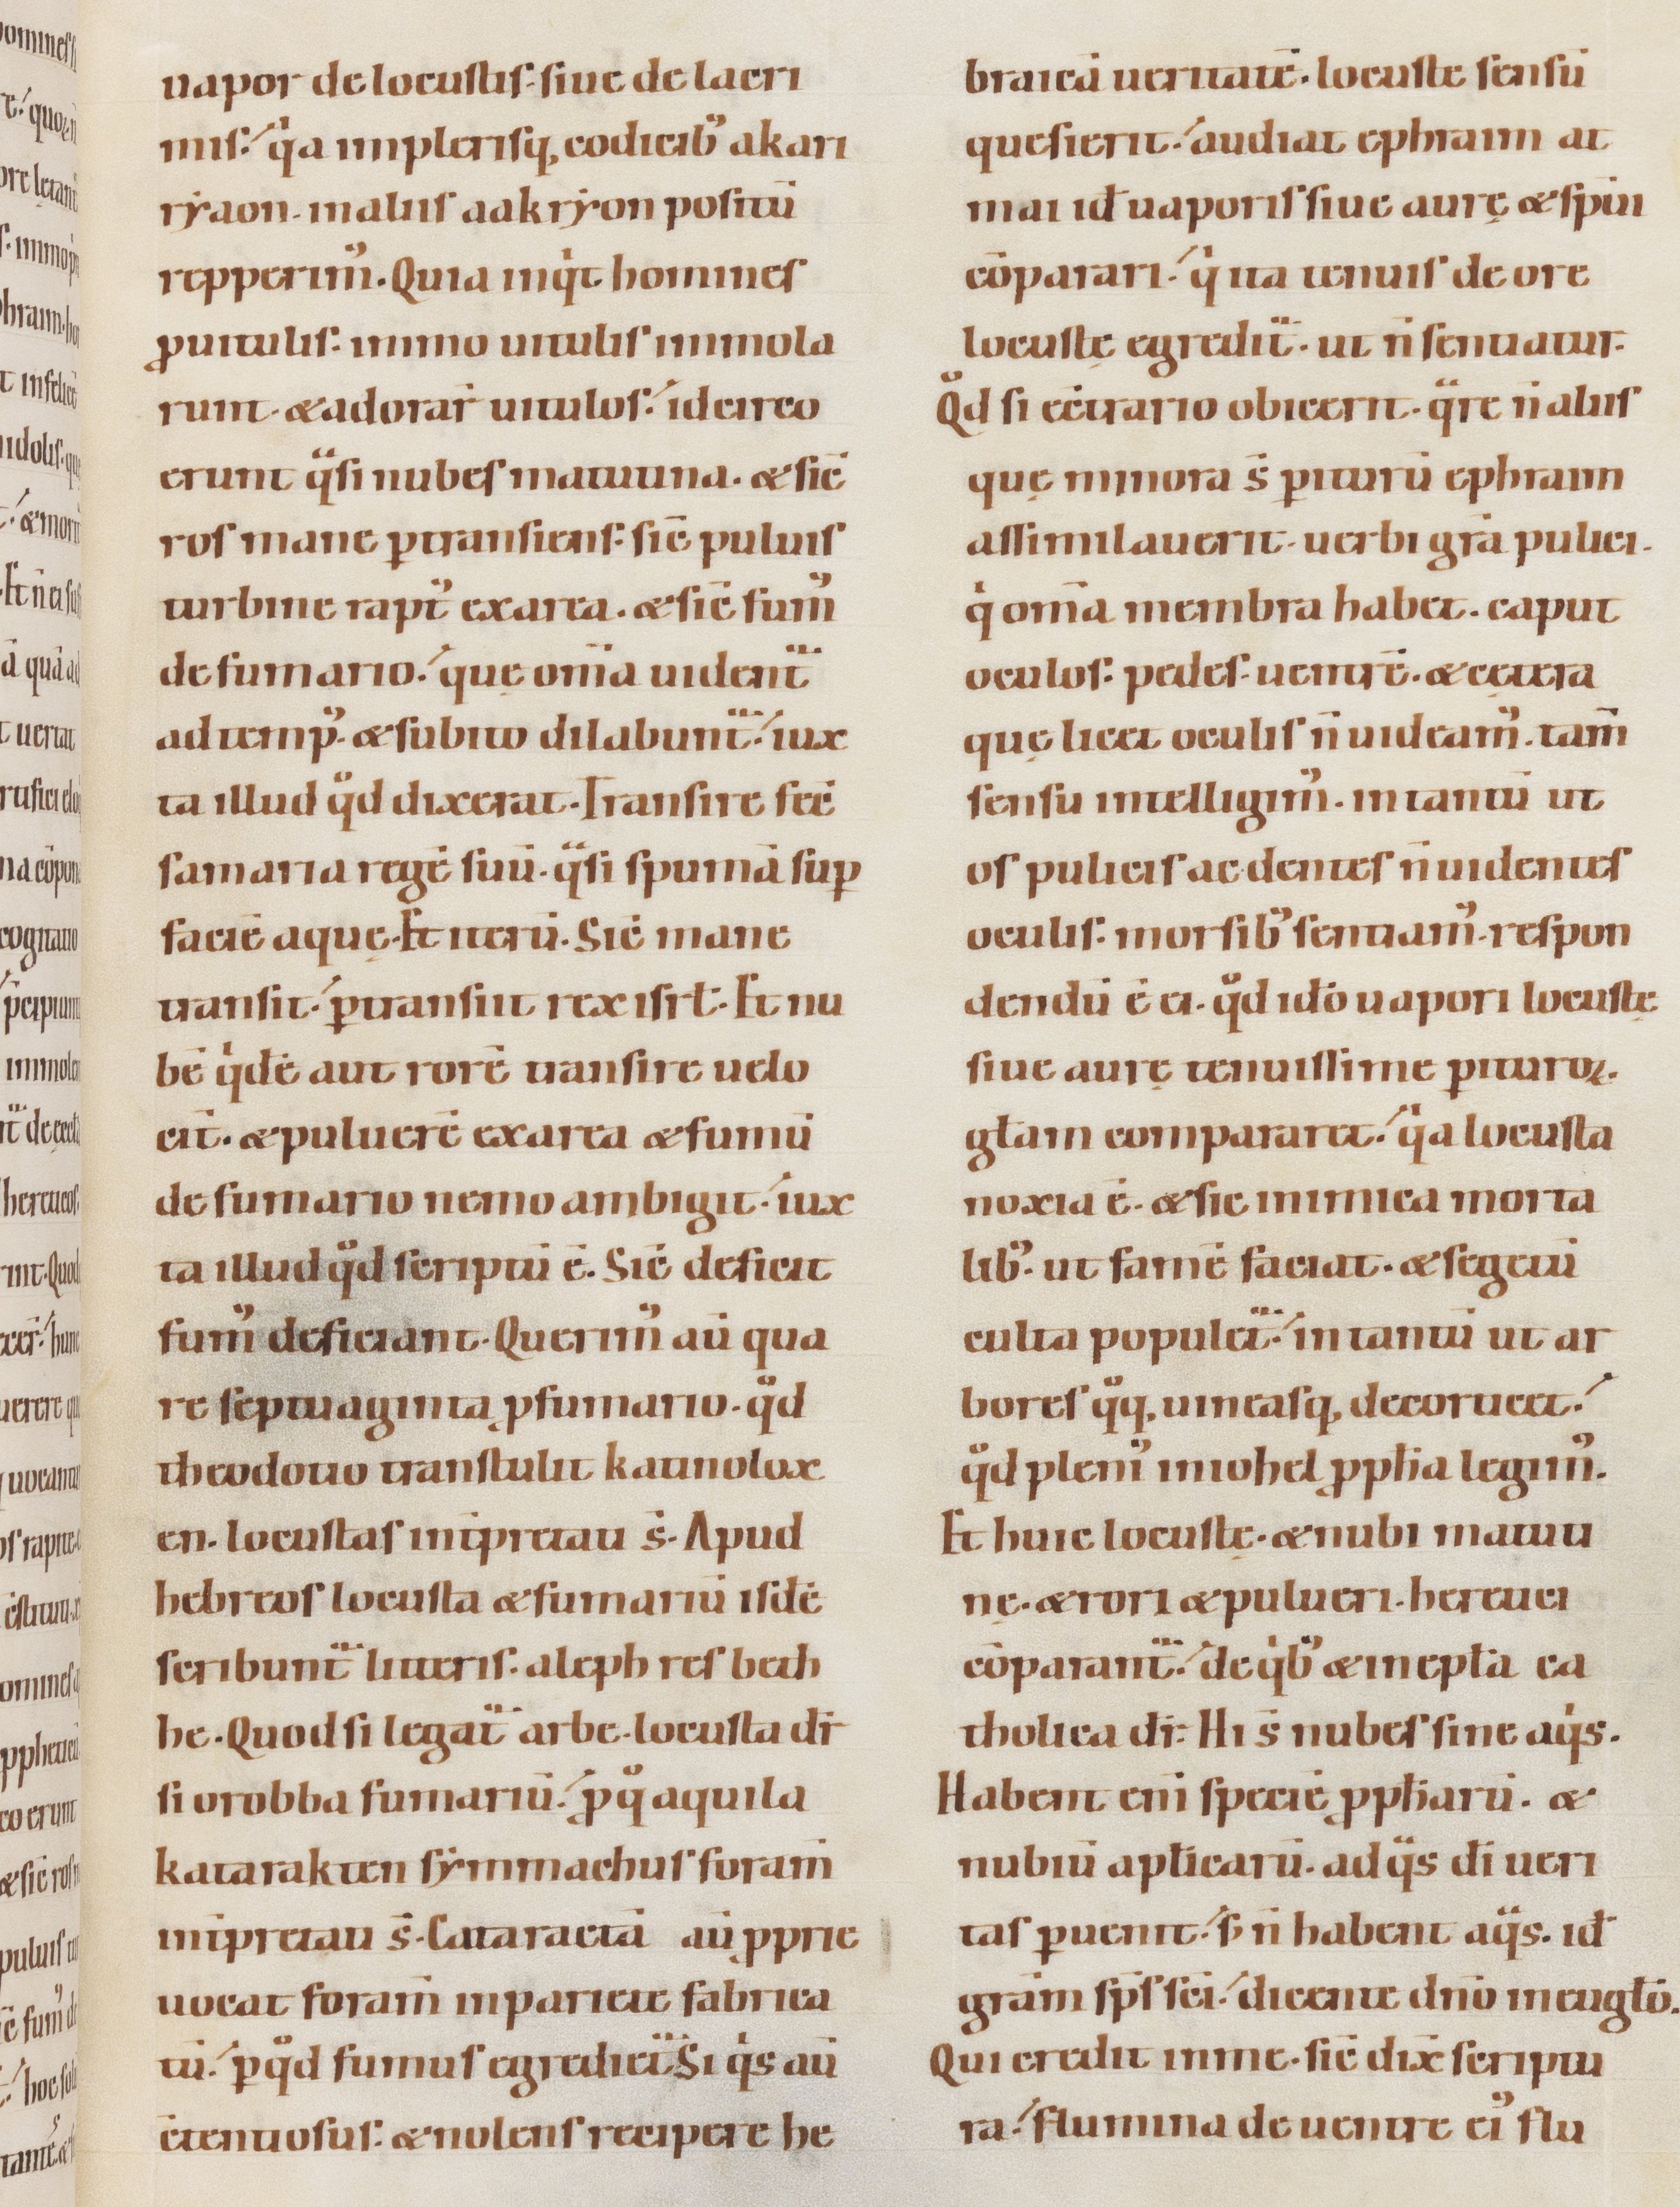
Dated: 1100–1130